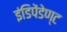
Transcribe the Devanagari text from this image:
इंडिपेंडेण्ट